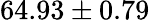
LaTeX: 64.93\pm 0.79